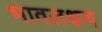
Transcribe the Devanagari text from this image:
भावलक्षण